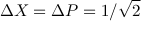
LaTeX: \Delta X = \Delta P = 1 / { \sqrt { 2 } }